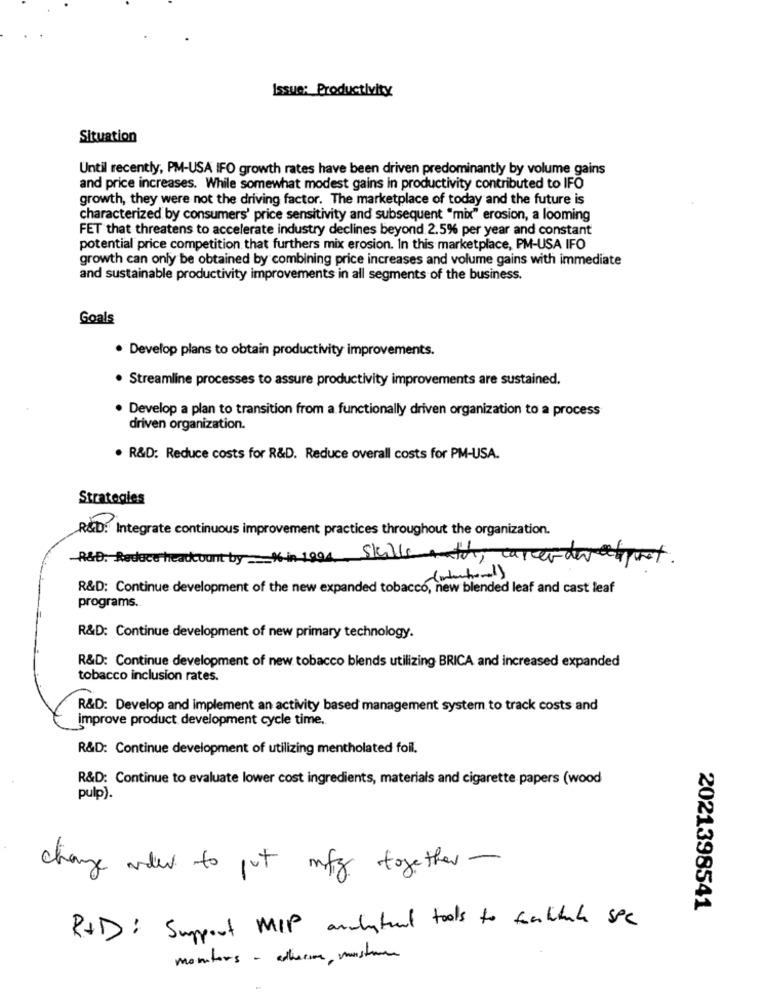
Issue: Productivity
Situation
Until recently, PM-USA IFO growth rates have been driven predominantly by volume gains
and price increases. While somewhat modest gains in productivity contributed to IFO
growth, they were not the driving factor. The marketplace of today and the future is
characterized by consumers' price sensitivity and subsequent "mix" erosion, a looming
FET that threatens to accelerate industry declines beyond 2.5% per year and constant
potential price competition that furthers mix erosion. In this marketplace, PM-USA IFO
growth can only be obtained by combining price increases and volume gains with immediate
and sustainable productivity improvements in all segments of the business.
Goals
. Develop plans to obtain productivity improvements.
· Streamline processes to assure productivity improvements are sustained.
· Develop a plan to transition from a functionally driven organization to a process
driven organization.
. R&D: Reduce costs for R&D. Reduce overall costs for PM-USA.
Strategies
R&D: Integrate continuous improvement practices throughout the organization.
-R&D. Reduce headcount by Kin-1994. Skills onth, career deretient.
intentional )
R&D: Continue development of the new expanded tobacco, new blended leaf and cast leaf
programs.
R&D: Continue development of new primary technology.
R&D: Continue development of new tobacco blends utilizing BRICA and increased expanded
tobacco inclusion rates.
R&D: Develop and implement an activity based management system to track costs and
improve product development cycle time.
R&D: Continue development of utilizing mentholated foil.
R&D: Continue to evaluate lower cost ingredients, materials and cigarette papers (wood
pulp).
change ande to put mfg together -
2021398541
R+D: Support MIP andytual tools to facilitate spe
monitors - atherine moisture